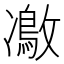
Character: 𠘜